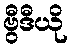
ဗွီဒီယို